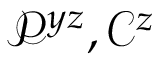
\mathcal { P } ^ { y z } , \mathcal { C } ^ { z }